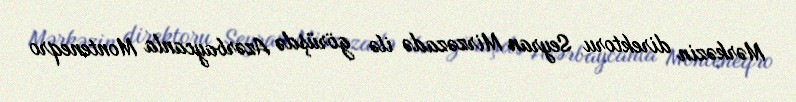
Mərkəzin direktoru Seyran Mirzəzadə ilə görüşdə Azərbaycanla Monteneqro